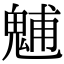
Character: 𩳐